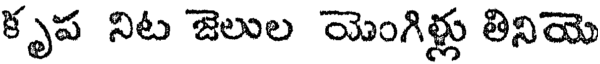
కృప నిట జెలుల యెంగిళ్లు తినియె